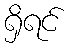
ရှိရင်